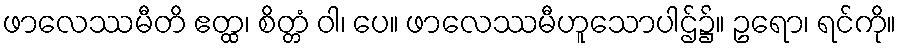
ဖာလေဿမီတိ ဧတ္ထ၊ စိတ္တံ ဝါ၊ ပေ။ ဖာလေဿမီဟူသောပါဌ်၌။ ဥရော၊ ရင်ကို။